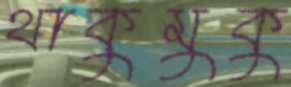
থাকুমুকু